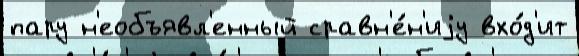
пару н'еобъявл'енный сравн'е́н'иjу вхо́д'ит